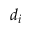
d _ { i }